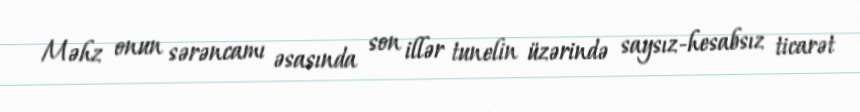
Məhz onun sərəncamı əsasında son illər tunelin üzərində saysız-hesabsız ticarət